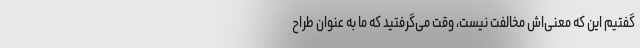
گفتیم این که معنی‌اش مخالفت نیست، وقت می‌گرفتید که ما به عنوان طراح